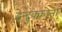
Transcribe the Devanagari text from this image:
इन्दुक्कोता